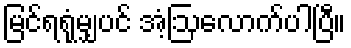
မြင်ရရုံမျှပင် အံ့ဩလောက်ပါပြီ။